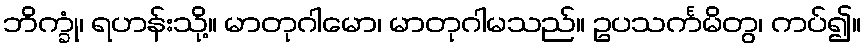
ဘိက္ခုံ၊ ရဟန်းသို့။ မာတုဂါမော၊ မာတုဂါမသည်။ ဥပသင်္ကမိတွ၊ ကပ်၍။